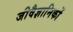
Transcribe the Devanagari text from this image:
जीवैज्ञानिकों